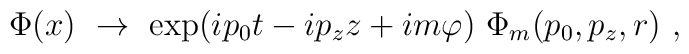
\Phi(x)\ \rightarrow\ \exp(ip_0t-ip_zz+im\varphi)\ \Phi_m(p_0,p_z,r)\ ,